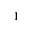
_ 1